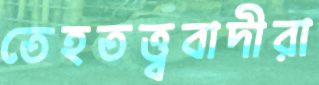
তেহতত্ত্ববাদীরা